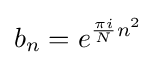
b_{n}=e^{{\frac {\pi i}{N}}n^{2}}